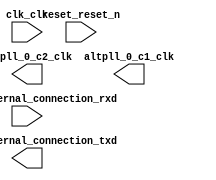

module rsa_qsys (
	clk_clk,
	reset_reset_n,
	uart_0_external_connection_rxd,
	uart_0_external_connection_txd,
	altpll_0_c2_clk,
	altpll_0_c1_clk);	

	input		clk_clk;
	input		reset_reset_n;
	input		uart_0_external_connection_rxd;
	output		uart_0_external_connection_txd;
	output		altpll_0_c2_clk;
	output		altpll_0_c1_clk;
endmodule